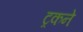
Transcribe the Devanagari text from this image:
ट्रकने